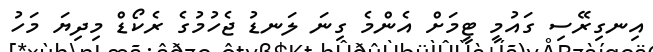
އިނގިރޭސި ގައުމީ ޓީމަށް އެންމެ ގިނަ ލަނޑު ޖެހުމުގެ ރެކޯޑް މިދިޔަ މަހު